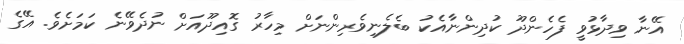
އޭނާ ވިދާޅުވީ ފެހެންދޫ ކުދިންނާއެކު ބެލެނިވެރިންނަށް މިހާރު ގޮއިދޫއަށް ނުދެވޭނެ ކަމަށެވެ. އޭގެ